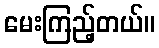
မေးကြည့်တယ်။